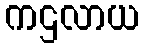
ကဌလာယ